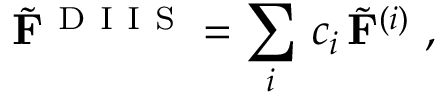
\tilde { \mathbf { F } } ^ { \mathrm { ~ D ~ I ~ I ~ S ~ } } = \sum _ { i } \, c _ { i } \, \tilde { \mathbf { F } } ^ { ( i ) } \mathrm { ~ , ~ }